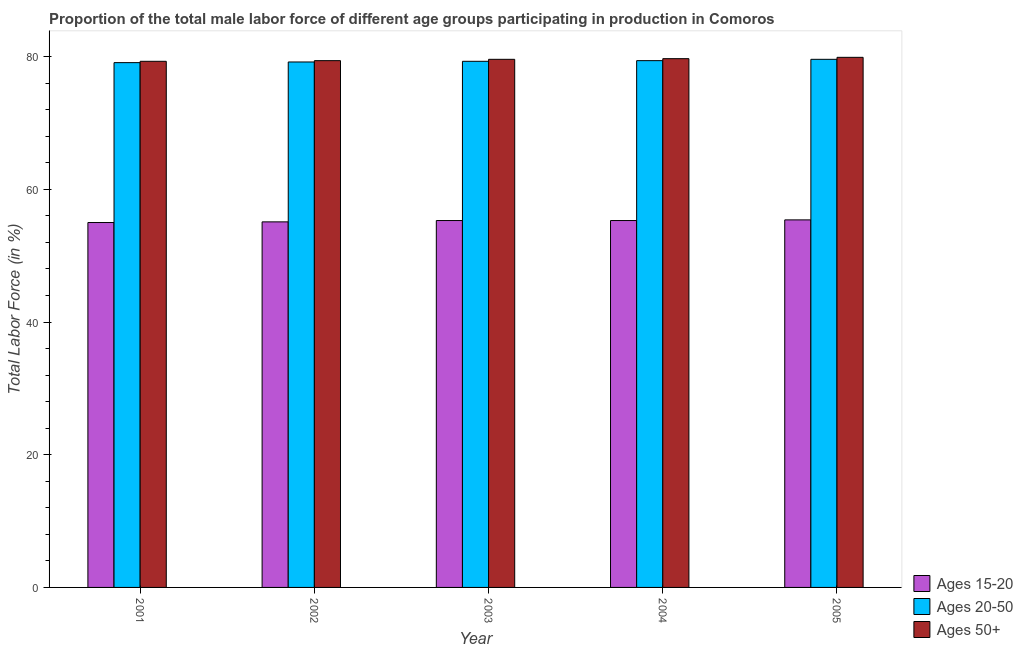
| Year | Ages 15-20 | Ages 20-50 | Ages 50+ |
 | --- | --- | --- | --- |
 | 2001 | 55 | 79.1 | 79.3 |
 | 2002 | 55.1 | 79.2 | 79.4 |
 | 2003 | 55.3 | 79.3 | 79.6 |
 | 2004 | 55.3 | 79.4 | 79.7 |
 | 2005 | 55.4 | 79.6 | 79.9 |